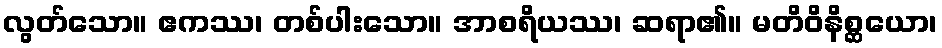
လွတ်သော။ ဧကဿ၊ တစ်ပါးသော။ အာစရိယဿ၊ ဆရာ၏။ မတိဝိနိစ္ဆယော၊